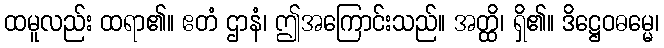
ထမူလည်း ထရာ၏။ ဧတံ ဌာနံ၊ ဤအကြောင်းသည်။ အတ္ထိ၊ ရှိ၏။ ဒိဋ္ဌေဝဓမ္မေ၊